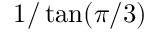
1 / \tan ( \pi / 3 )